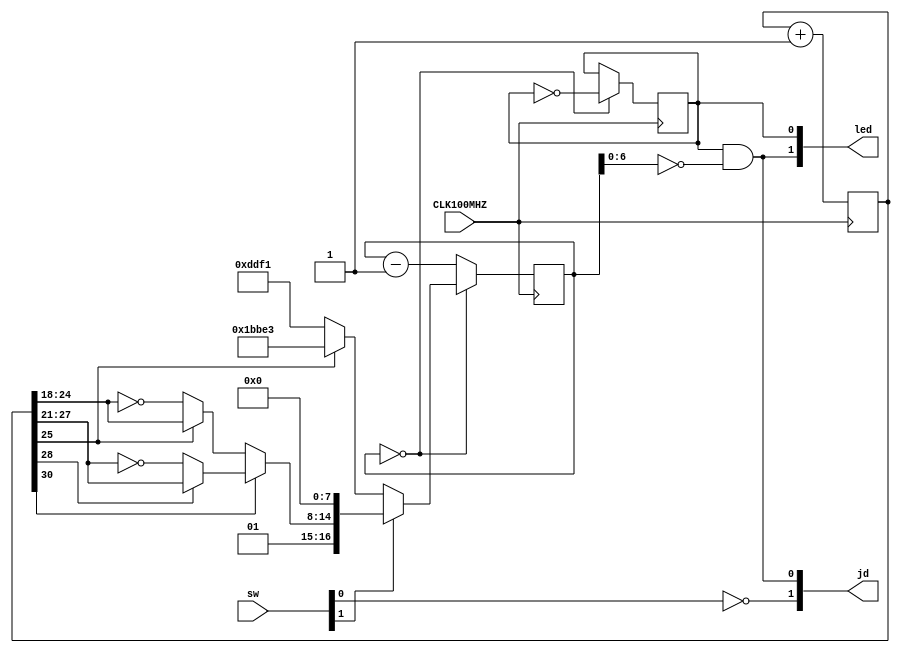
module top(
    input CLK100MHZ,
    output [3:0] jd,
    output [3:0] led,
    input [3:0] sw
    );

reg [16:0] counter;
reg speaker;
parameter tone440 = 100000000/440/2;  // This fits in 17 bits, hence the counter size

reg [30:0] tone;
always @(posedge CLK100MHZ) tone <= tone+1;

wire [6:0] fastramp = (tone[25] ? tone[24:18] : ~tone[24:18]);
wire [6:0] slowramp = (tone[28] ? tone[27:21] : ~tone[27:21]);
wire [16:0] rampdivider = {2'b01, (tone[30] ? slowramp : fastramp), 8'b000000000};


always @(posedge CLK100MHZ)
  if(counter==0)
    // Let's use switch 1 to toggle between ambulance and police
    if (sw[1])
      counter <= rampdivider;
    else
      counter <= (tone[25] ? tone440-1 : tone440/2-1);
  else
    counter <= counter-1;

always @(posedge CLK100MHZ) if(counter==0) speaker <= ~speaker;

// A 7 bit counter is 0 once every 128 cycles.
// At 100MHz, this is too fast to make a sonic difference,
// but will average out the analog signal to a much lower
// volume.
assign jd[0] = speaker & (counter[6:0] == 0);
// Set switch 0 to gain control. 1 is low gain, so lets make that default
assign jd[1] = ~sw[0];
// Set switch 3 to toggle shutdown pin, turning amplifier on and off.
assign jd[3] = sw[3];

// LEDs to help with debugging
assign led[0] = speaker;   // Current wave form
assign led[1] = jd[0];     // Attenuated signal sent to PMOD AMP
assign led[3] = sw[3];     // Sound on or off

endmodule